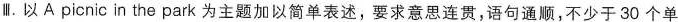
Ⅲ.以 A picnic in the park 为主题加以简单表述，要求意思连贯，语句通顺，不少于30个单